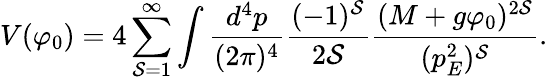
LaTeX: V(\varphi_{0})=4\sum_{\mathcal{S}=1}^{\infty}\int\frac{{d^{4}p}}{{(2\pi)^{4}}}\frac{{(-1)^{\mathcal{S}}}}{{2\mathcal{S}}}\frac{{(M+g\varphi_{0})^{2\mathcal{S}}}}{{(p_{E}^{2})^{\mathcal{S}}}}.